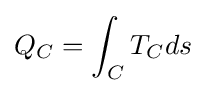
Q_{C}=\int _{C}T_{C}ds